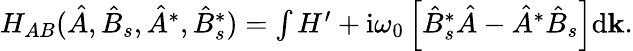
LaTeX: \begin{array}{r}{H_{AB}(\hat{A},\hat{B}_{s},\hat{A}^{*},\hat{B}_{s}^{*})=\int H^{\prime}+\mathrm{i}\omega_{0}\left[\hat{B}_{s}^{*}\hat{A}-\hat{A}^{*}\hat{B}_{s}\right]\mathrm{d}\mathbf{k}.}\end{array}